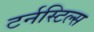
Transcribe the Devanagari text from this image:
टर्नस्टिल्स